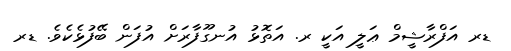
ޑރ އަފްރާޝީމް ޢަލީ އަކީ ރ. އަތޮޅު އުނގޫފާރަށް އުފަން ބޭފުޅެކެވެ. ޑރ